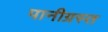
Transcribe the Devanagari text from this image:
पानीग्रस्त